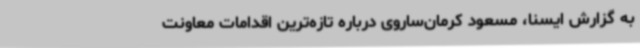
به گزارش ایسنا، مسعود کرمان‌ساروی درباره تازه‌ترین اقدامات معاونت